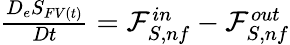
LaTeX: \begin{array}{r}{\frac{D_{e}S_{FV(t)}}{Dt}=\mathcal{F}_{S,nf}^{in}-\mathcal{F}_{S,nf}^{out}}\end{array}